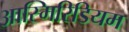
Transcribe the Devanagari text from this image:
आस्मिरिडियम